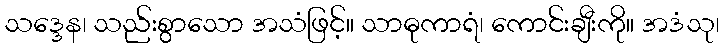
သဒ္ဒေန၊ သည်းစွာသော အသံဖြင့်။ သာဓုကာရံ၊ ကောင်းချီးကို။ အဒံသု၊